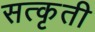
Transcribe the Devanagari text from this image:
सत्कृती